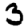
Digit: 3